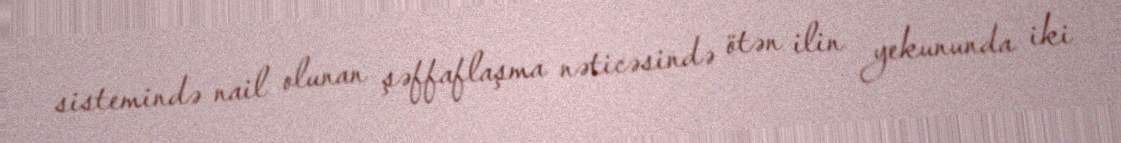
sistemində nail olunan şəffaflaşma nəticəsində ötən ilin yekununda iki